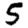
Digit: 5